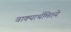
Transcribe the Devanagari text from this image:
वाक्यार्थमितये